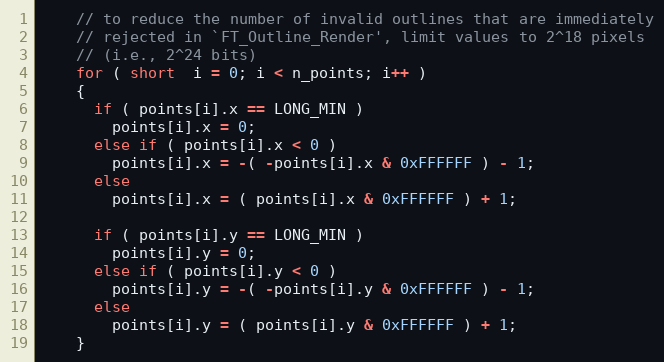
Language: C++
    // to reduce the number of invalid outlines that are immediately
    // rejected in `FT_Outline_Render', limit values to 2^18 pixels
    // (i.e., 2^24 bits)
    for ( short  i = 0; i < n_points; i++ )
    {
      if ( points[i].x == LONG_MIN )
        points[i].x = 0;
      else if ( points[i].x < 0 )
        points[i].x = -( -points[i].x & 0xFFFFFF ) - 1;
      else
        points[i].x = ( points[i].x & 0xFFFFFF ) + 1;

      if ( points[i].y == LONG_MIN )
        points[i].y = 0;
      else if ( points[i].y < 0 )
        points[i].y = -( -points[i].y & 0xFFFFFF ) - 1;
      else
        points[i].y = ( points[i].y & 0xFFFFFF ) + 1;
    }